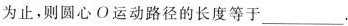
为止，则圆心O运动路径的长度等于___.